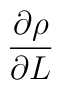
\frac{\partial\rho}{\partial L}